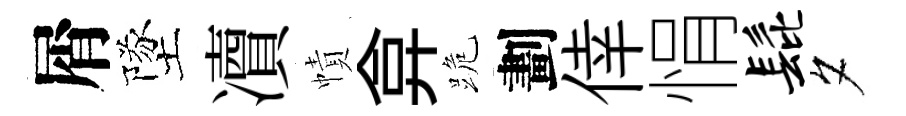
屑墜凟幘弇跪劃倖悁髭夕